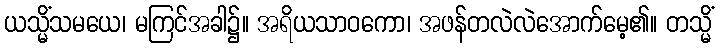
ယသ္မိံသမယေ၊ မကြင်အခါ၌။ အရိယသာဝကော၊ အဖန်တလဲလဲအောက်မေ့၏။ တသ္မိံ